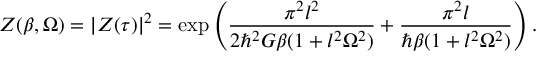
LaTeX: Z ( \beta , \Omega ) = | Z ( \tau ) | ^ { 2 } = \exp \left( \frac { \pi ^ { 2 } l ^ { 2 } } { 2 \hbar ^ { 2 } G \beta ( 1 + l ^ { 2 } \Omega ^ { 2 } ) } + \frac { \pi ^ { 2 } l } { \hbar \beta ( 1 + l ^ { 2 } \Omega ^ { 2 } ) } \right) .